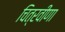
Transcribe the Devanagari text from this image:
चित्रवीणा